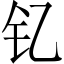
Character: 钇